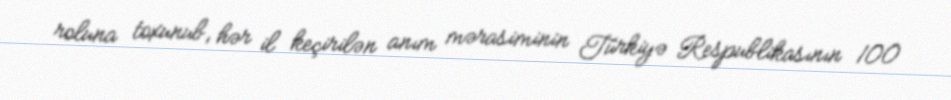
roluna toxunub, hər il keçirilən anım mərasiminin Türkiyə Respublikasının 100